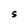
Character: S